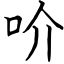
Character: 吤